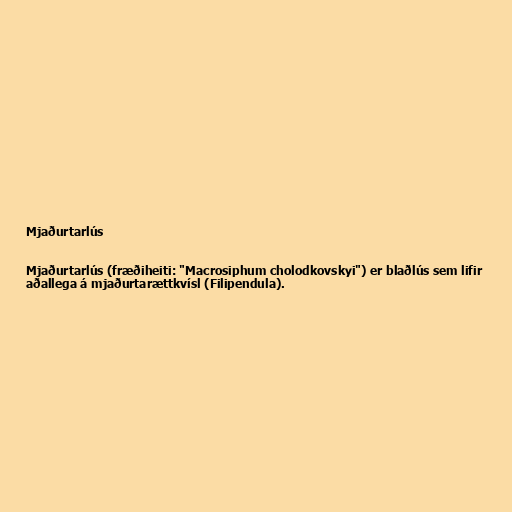
Mjaðurtarlús

Mjaðurtarlús (fræðiheiti: "Macrosiphum cholodkovskyi") er blaðlús sem lifir
aðallega á mjaðurtarættkvísl (Filipendula).